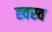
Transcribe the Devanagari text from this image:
ह्वस्व